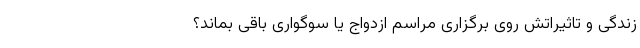
زندگی و تاثیراتش روی برگزاری مراسم ازدواج یا سوگواری باقی بماند؟